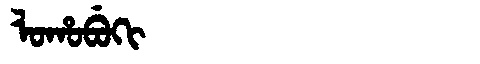
Manchu: ᠯᠣᡥᠣᠪᡠᡴᡳ
Romanization: LOHOBUKI